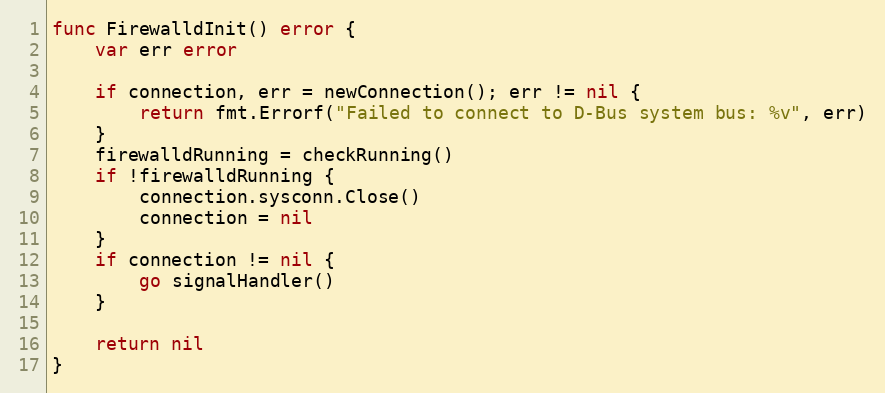
Language: Go
func FirewalldInit() error {
	var err error

	if connection, err = newConnection(); err != nil {
		return fmt.Errorf("Failed to connect to D-Bus system bus: %v", err)
	}
	firewalldRunning = checkRunning()
	if !firewalldRunning {
		connection.sysconn.Close()
		connection = nil
	}
	if connection != nil {
		go signalHandler()
	}

	return nil
}